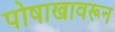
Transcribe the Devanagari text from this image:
पोषाखावरून